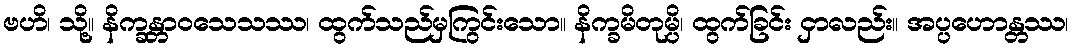
ဗဟိ၊ သို့။ နိက္ခန္တာဝသေသဿ၊ ထွက်သည်မှကြွင်းသော။ နိက္ခမိတုမ္ပိ၊ ထွက်ခြင်း ငှာလည်း။ အပ္ပဟောန္တဿ၊